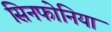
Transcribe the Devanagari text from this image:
सिनफोनिया